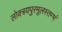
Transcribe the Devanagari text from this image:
लोक्त्रयपुरमूलस्तम्भं